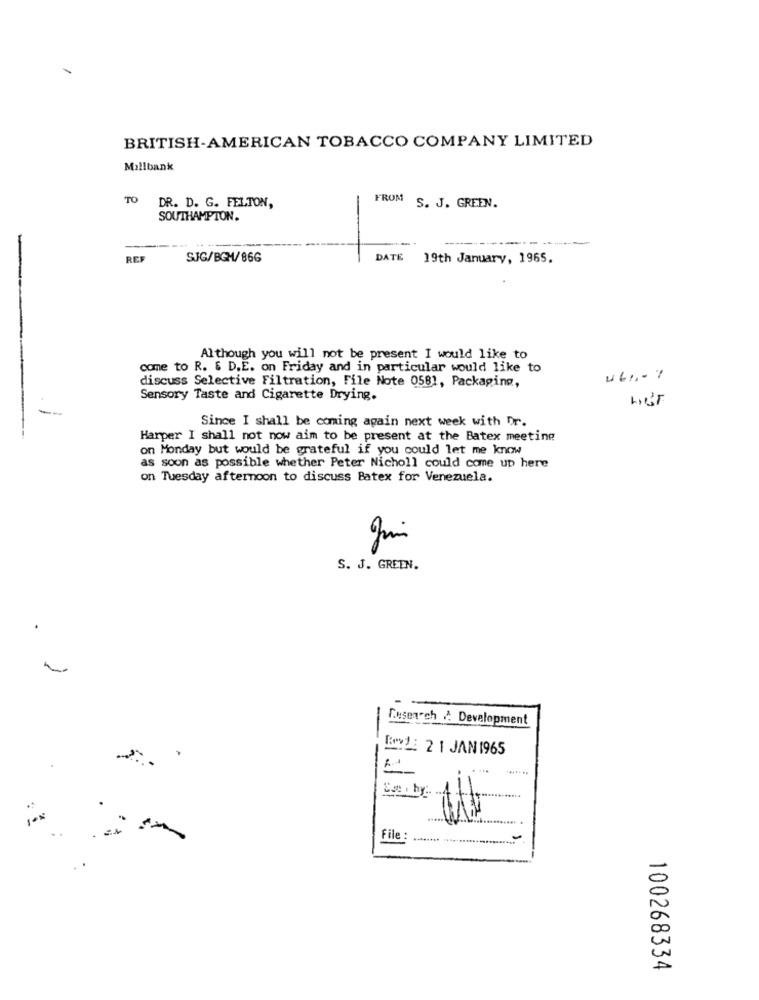
BRITISH-AMERICAN TOBACCO COMPANY LIMITED
Millbank
TO
FROM
DR. D. G. FELTON,
S. J. GREEN.
SOUTHAMPTON.
REF
SJG/BGM/86G
DATE
19th January, 1965.
--
Although you will not be present I would like to
come to R. $ D.E. on Friday and in particular would like to
discuss Selective Filtration, File Note 0581, Packaging,
Sensory Taste and Cigarette Drying.
Since I shall be coming again next week with Dr.
Harper I shall not now aim to be present at the Batex meeting
on Monday but would be grateful if you could let me know
as soon as possible whether Peter Nicholl could come up here
on Tuesday afternoon to discuss Batex for Venezuela.
S. J. GREEN.
Cusearch / Development
KYLE 2 1 JAN 1965
.....
File :
100268334